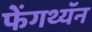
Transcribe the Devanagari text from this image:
फेंगथ्यॅन